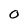
Character: 0